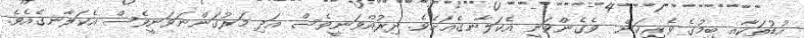
އުޑުތަކާއި ބިމުގެ ވެރިކަން  ވެގެންވަނީ އެކަލާނގެއަށެވެ. ދިރުއްވަނީވެސް އަދި މަރުގަންނަވަނީވެސް އެކަލާނގެއެވެ.